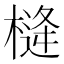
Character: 𪳖